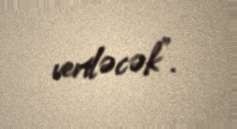
veriləcək”.